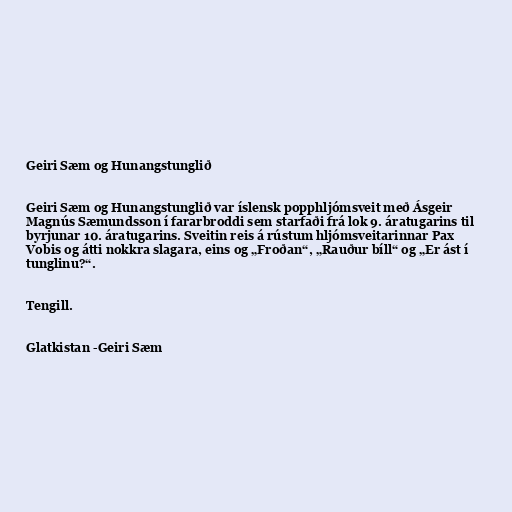
Geiri Sæm og Hunangstunglið

Geiri Sæm og Hunangstunglið var íslensk popphljómsveit með Ásgeir
Magnús Sæmundsson í fararbroddi sem starfaði frá lok 9. áratugarins til
byrjunar 10. áratugarins. Sveitin reis á rústum hljómsveitarinnar Pax
Vobis og átti nokkra slagara, eins og „Froðan“, „Rauður bíll“ og „Er ást í
tunglinu?“.

Tengill.

Glatkistan -Geiri Sæm